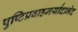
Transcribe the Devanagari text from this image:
पुष्टिप्रवाहमर्यादाभेद